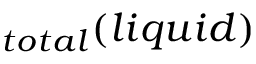
_ { t o t a l } ( l i q u i d )